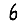
Digit: 6